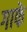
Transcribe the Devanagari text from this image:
गाफे